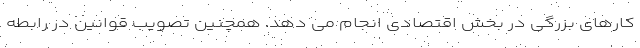
کارهای بزرگی در بخش اقتصادی انجام می دهد. همچنین تصویب قوانین در رابطه